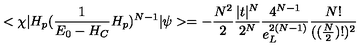
< \chi | H _ { p } ( \frac { 1 } { E _ { 0 } - H _ { C } } H _ { p } ) ^ { N - 1 } | \psi > = - \frac { N ^ { 2 } } { 2 } \frac { | t | ^ { N } } { 2 ^ { N } } \frac { 4 ^ { N - 1 } } { e _ { L } ^ { 2 ( N - 1 ) } } \frac { N ! } { ( ( \frac { N } { 2 } ) ! ) ^ { 2 } }